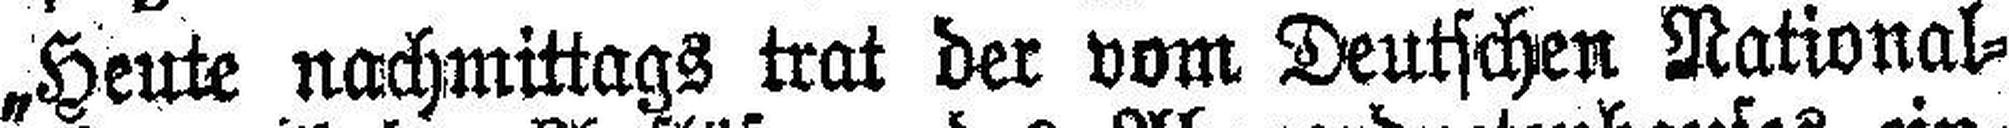
„Heute nachmittags trat der vom Deutschen National¬